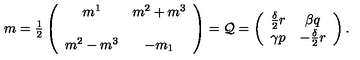
m = { \textstyle \frac { 1 } { 2 } } \left( \begin{array} { c c } { m ^ { 1 } } & { m ^ { 2 } + m ^ { 3 } } \\ { } & { } \\ { m ^ { 2 } - m ^ { 3 } } & { - m _ { 1 } } \\ \end{array} \right) = { \cal Q } = \left( \begin{array} { c c } { \frac { \delta } { 2 } r } & { \beta q } \\ { \gamma p } & { - \frac { \delta } { 2 } r } \\ \end{array} \right) .